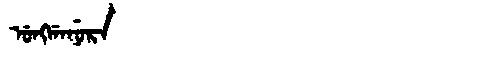
Manchu: ᡠᠩᡤᠠᠨᡠᡵᠠ
Romanization: UNGGANURA